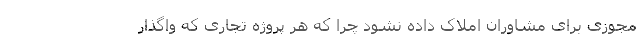
مجوزی برای مشاوران املاک داده نشود چرا که هر پروژه تجاری که واگذار